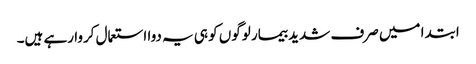
ابتدا میں صرف شدید بیمار لوگوں کو ہی یہ دوا استعمال کروا رہے ہیں۔